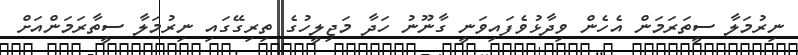
ނިރުމަލާ ސީތަރަމަން އެހެން ވިދާޅުވެފައިވަނީ ގާނޫނު ހަދާ މަޖިލީހުގެ ތިރިގޭގައި ނިރުމަލާ ސީތާރަމަންއަށް